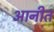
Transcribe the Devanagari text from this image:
आनीत